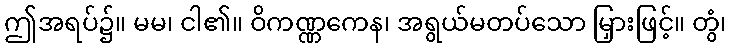
ဤအရပ်၌။ မမ၊ ငါ၏။ ဝိကဏ္ဏကေန၊ အရွယ်မတပ်သော မြှားဖြင့်။ တွံ၊